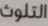
التلوث